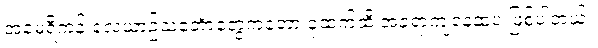
အမေရိကန် လေယာဥ်သင်္ဘောတွေကတော့ ခုထက်ထိ အခရာကျနေဆဲပဲ ဖြစ်ပါတယ်။